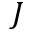
J